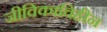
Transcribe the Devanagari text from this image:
जीविकाविहीन